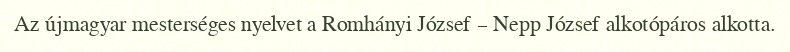
Az újmagyar mesterséges nyelvet a Romhányi József – Nepp József alkotópáros alkotta.